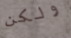
ولكن